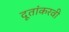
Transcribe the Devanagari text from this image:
दूतांकरवी